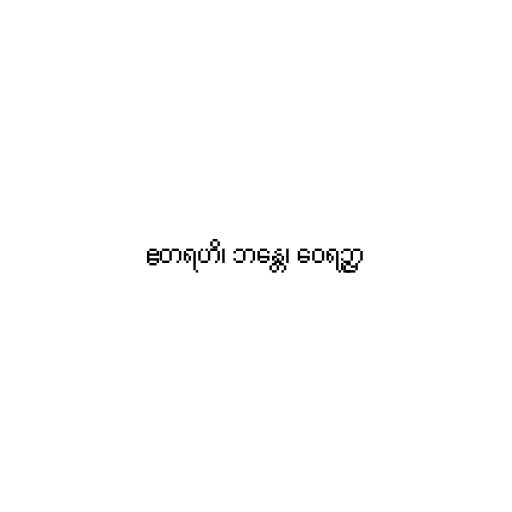
ဧတရဟိ၊ ဘန္တေ၊ ဝေရဉ္ဇာ